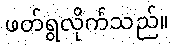
ဖတ်ရွလိုက်သည်။